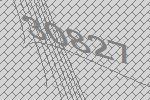
30827